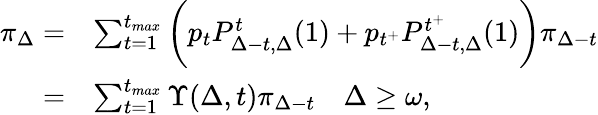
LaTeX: \begin{array}{rl}{\pi_{\Delta}=}&{\sum_{t=1}^{t_{max}}\bigg(p_{t}P_{\Delta-t,\Delta}^{t}(1)+p_{t^{+}}P_{\Delta-t,\Delta}^{t^{+}}(1)\bigg)\pi_{\Delta-t}}\\ {=}&{\sum_{t=1}^{t_{max}}\Upsilon(\Delta,t)\pi_{\Delta-t}\quad\Delta\geq\omega,}\end{array}